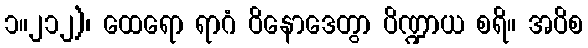
၁။၂၁၂)၊ ထေရော ရာဂံ ဝိနောဒေတွာ ပိဏ္ဍာယ စရိ။ အပိစ